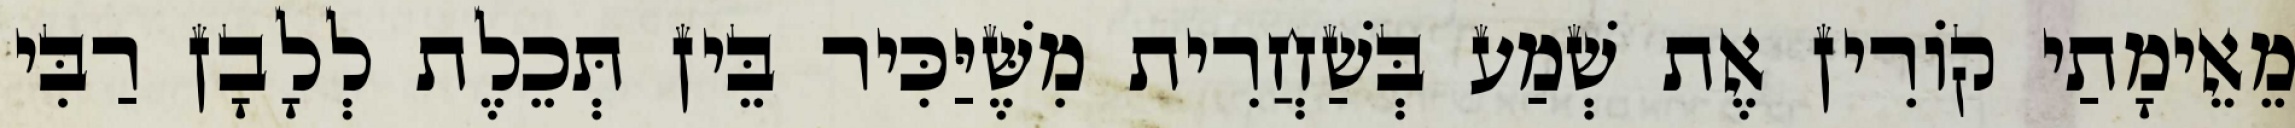
מֵאֵימָתַי קוֹרִין אֶת שְׁמַע בְּשַׁחֲרִית מִשֶּׁיַּכִּיר בֵּין תְּכֵלֶת לְלָבָן רַבִּי